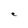
Character: e